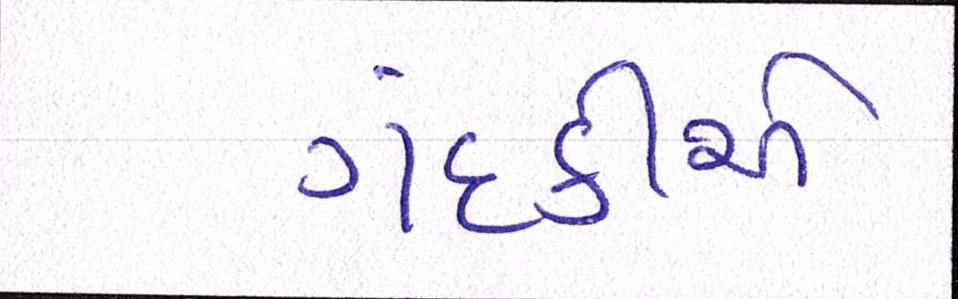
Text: ગંદકીએ